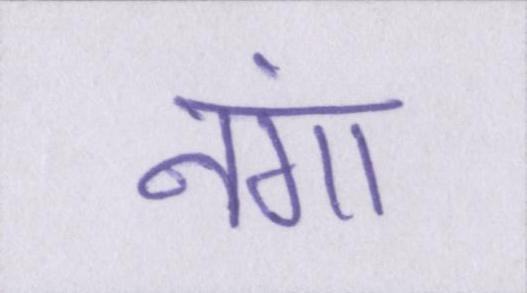
नंगा